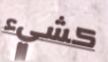
كشيء